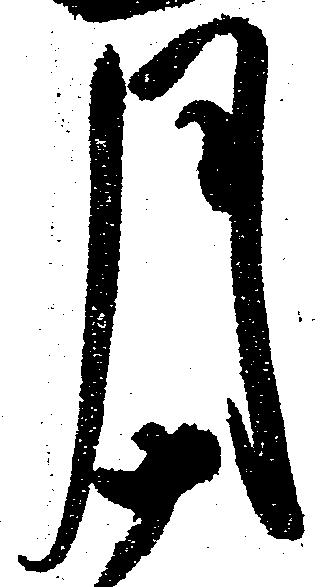
月